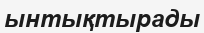
ынтықтырады